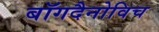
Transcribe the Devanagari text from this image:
बॉगदैनोविच